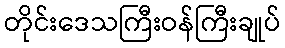
တိုင်းဒေသကြီးဝန်ကြီးချုပ်